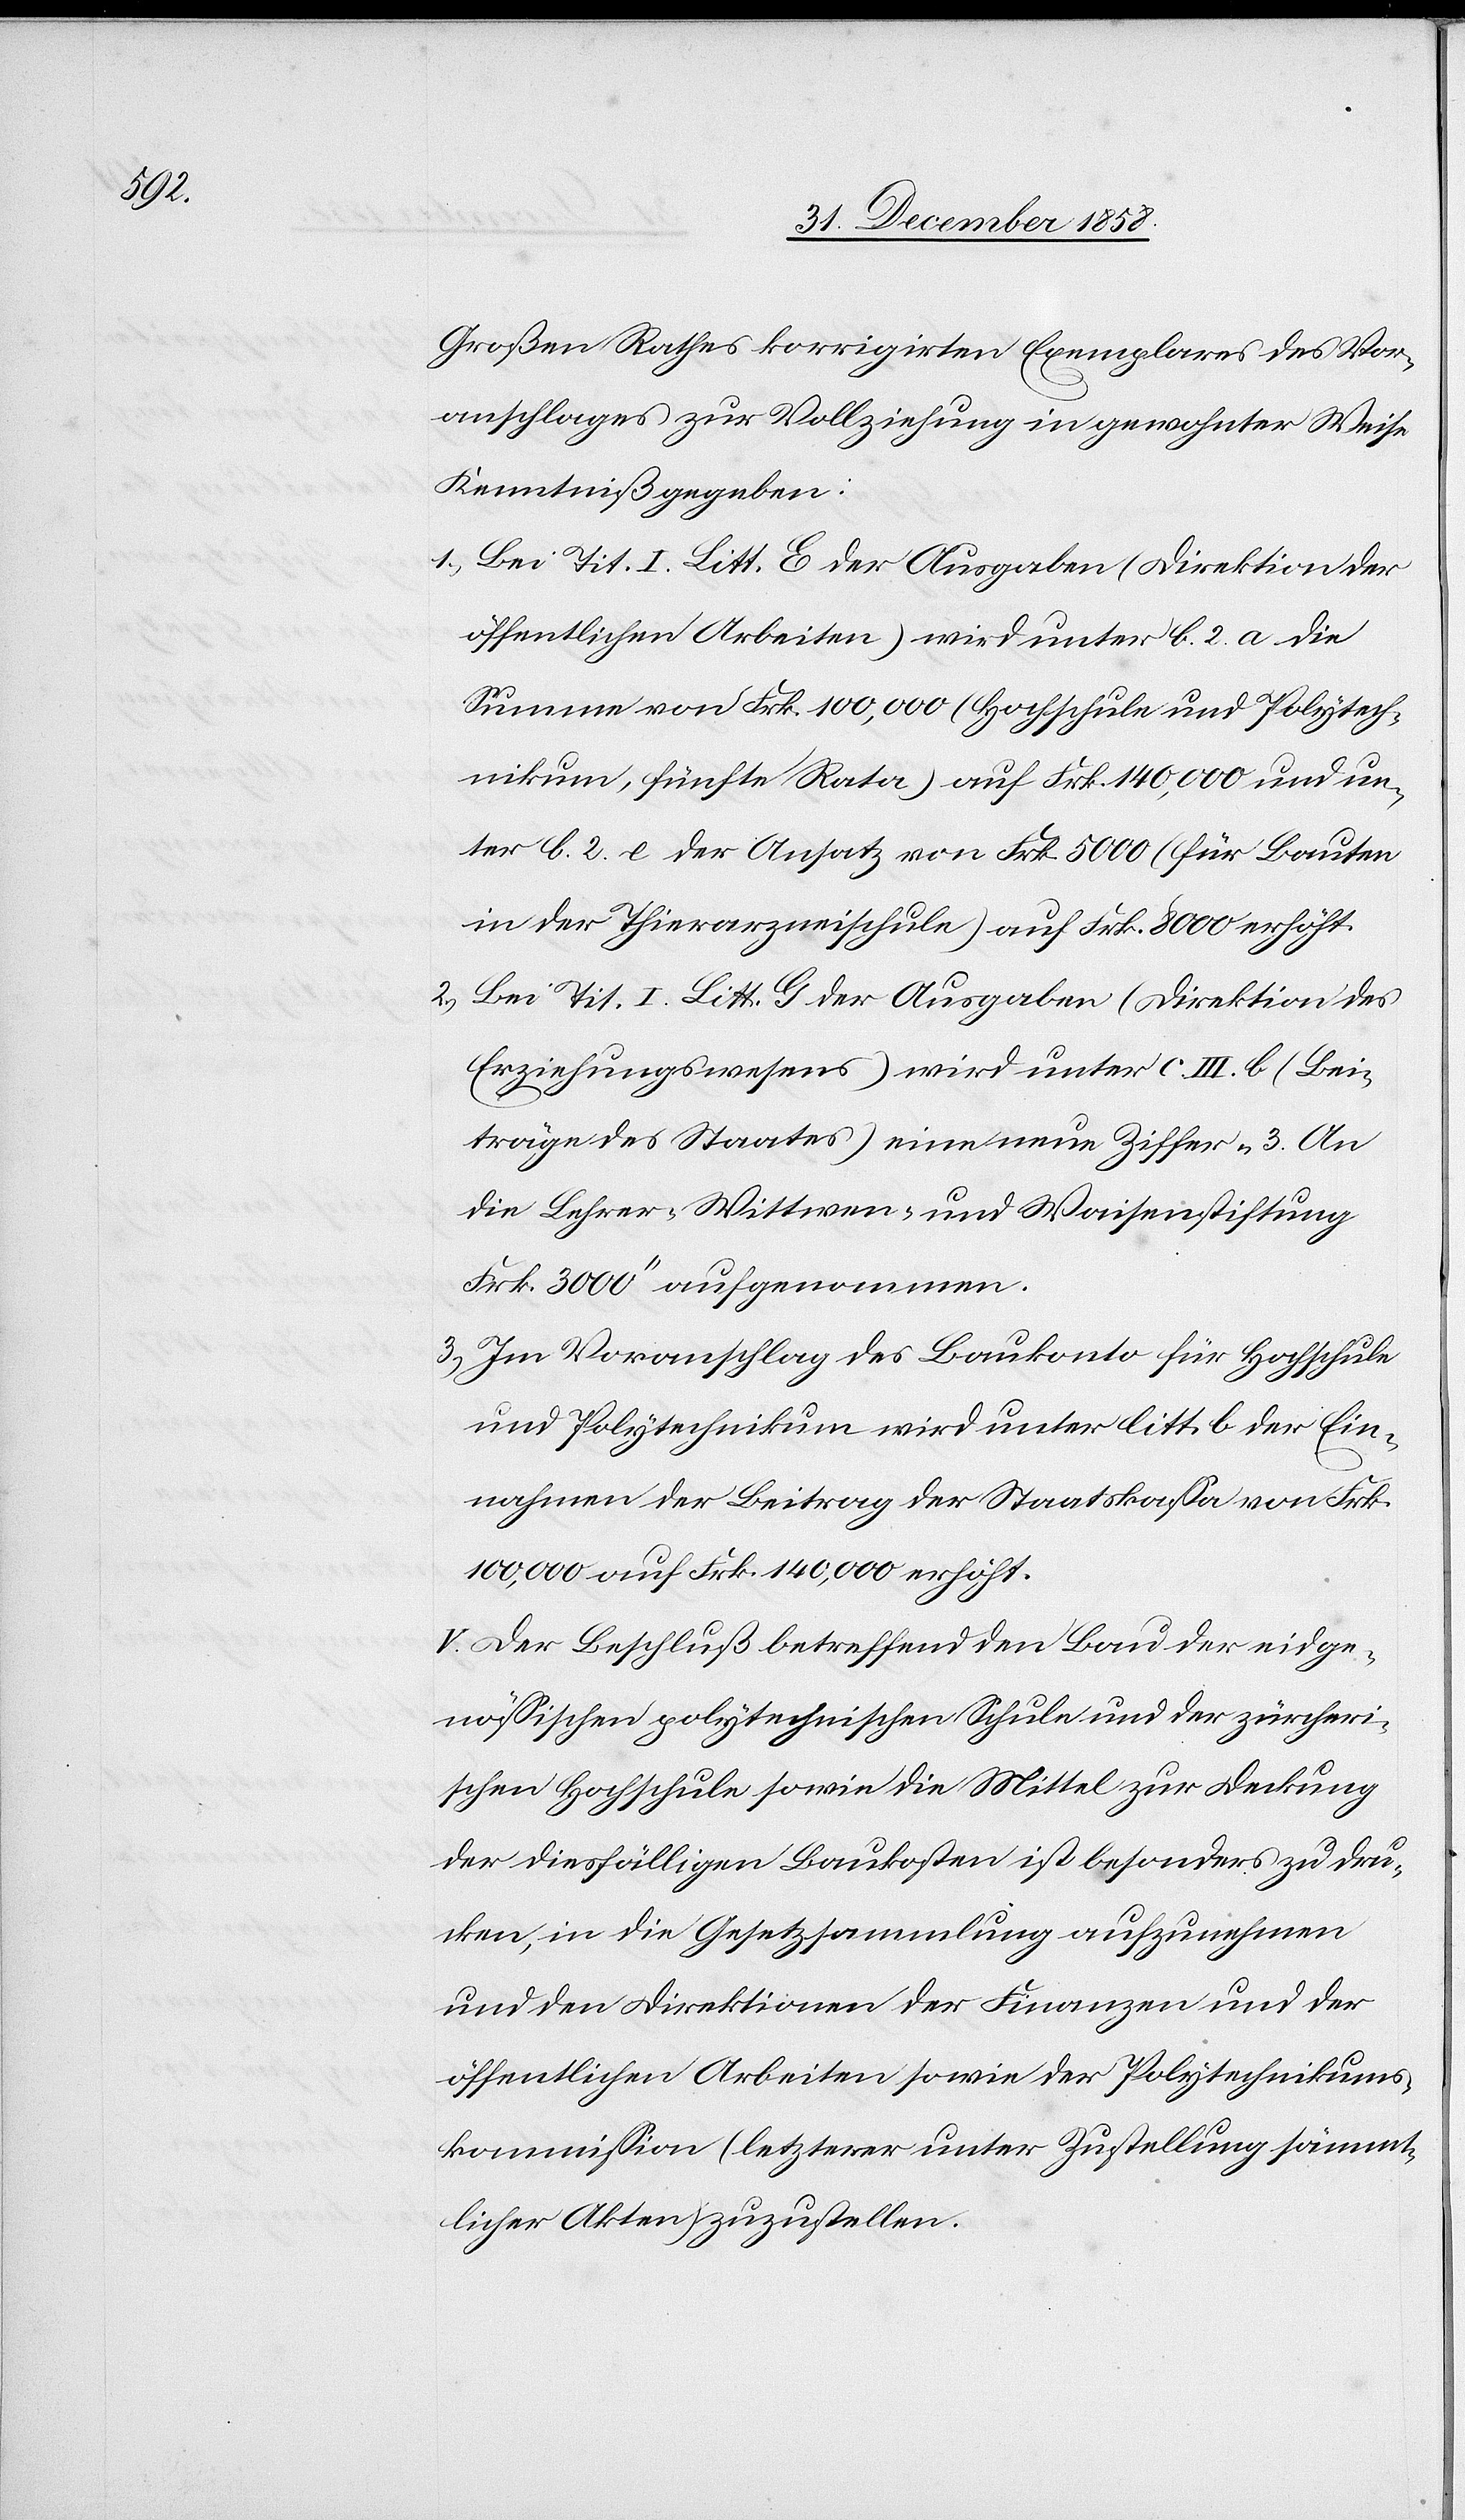
Stadel,